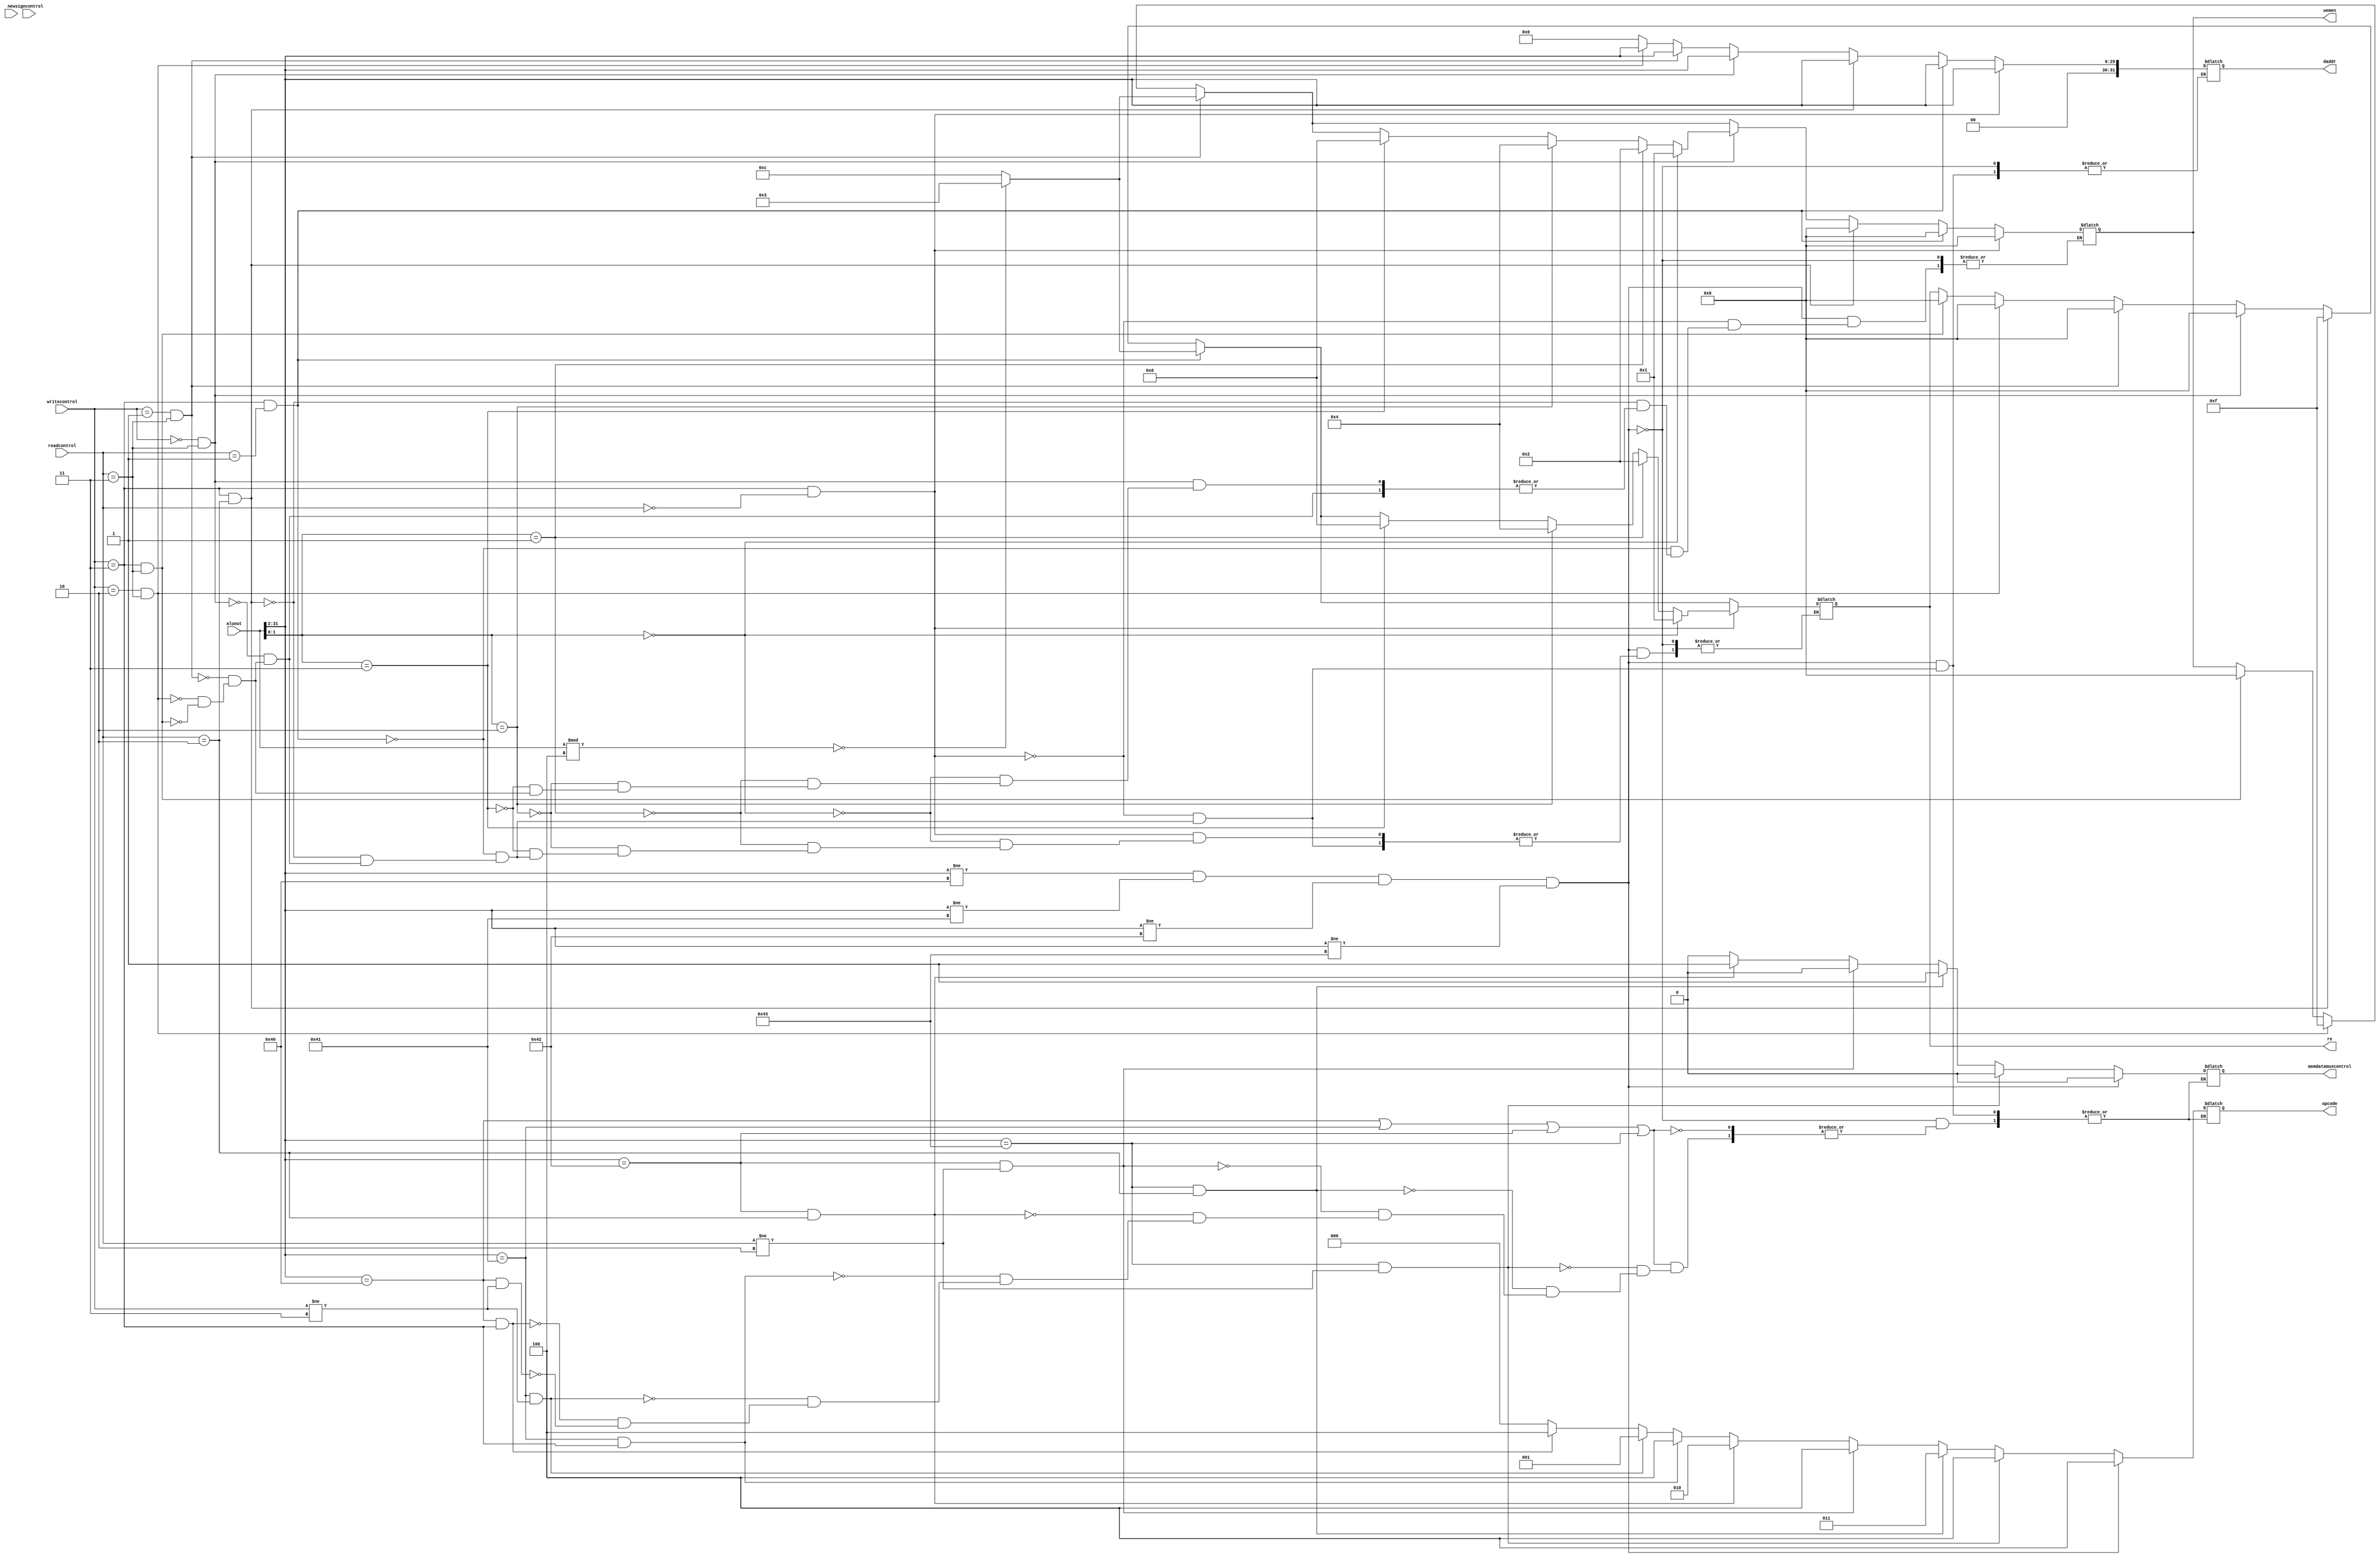
`timescale 1ns / 1ps
//////////////////////////////////////////////////////////////////////////////////
// Company: 
// Engineer: 
// 
// Design Name: 
// Module Name:    memdecoder 
// Project Name: 
// Target Devices: 
// Tool versions: 
// Description: 
//
// Dependencies: 
//
// Revision: 
// Revision 0.01 - File Created
// Additional Comments: 
//
//////////////////////////////////////////////////////////////////////////////////
module memdecoder( aluout,writecontrol,readcontrol,signcontrol,wemen,re,daddr,new,memdatamuxcontrol,opcode
    );
input wire [31:0] aluout;
input wire [1:0] writecontrol;
input wire [1:0] readcontrol;
input wire new;
input wire signcontrol;
output reg [3:0]wemen;
output reg [3:0]re;
output reg [31:0] daddr;
output reg memdatamuxcontrol;
output reg [2:0] opcode;

always@( aluout or writecontrol or readcontrol or signcontrol or new) begin
if (aluout>>2!=64 && aluout>>2!=65 && aluout>>2!=66 && aluout>>2!=67 )begin
if (writecontrol==3 && readcontrol==3) begin
re<=0;
opcode<=4;
wemen<=0;
daddr<=0;
memdatamuxcontrol<=0;
end
if (writecontrol==2 && readcontrol==3) begin //store a word
wemen<=15;
opcode<=4;
re<=0;
daddr<=(aluout>>2);
memdatamuxcontrol<=0;
end
if (writecontrol==1 && readcontrol==3) begin //store a halfword
if (aluout%4==0)
wemen<=3;
else
wemen<=12;
re<=0;
opcode<=4;
daddr<=(aluout>>2);
memdatamuxcontrol<=0;
end
if (writecontrol==0 && readcontrol==3) begin //store a byte
if (aluout[1:0]==0)
wemen<=1;
else if (aluout[1:0]==1)
wemen<=2;
else if (aluout[1:0]==2)
wemen<=4;
else if (aluout[1:0]==3)
wemen<=8;
re<=0;
daddr<=(aluout>>2);
memdatamuxcontrol<=0;
opcode<=4;
end
if (writecontrol==3 && readcontrol==2) begin //load a word
daddr<=(aluout>>2);
wemen<=0;
re<=15;
memdatamuxcontrol<=0;
opcode<=4;
end
if (writecontrol==3 && readcontrol==1) begin //load a halfword
daddr<=(aluout>>2);
wemen<=0;
memdatamuxcontrol<=0;
opcode<=4;
if (aluout%4==0)
re<=3;
else
re<=12;
end
if (writecontrol==3 && readcontrol==0) begin //load a byte
if (aluout[1:0]==0)
re<=1;
else if (aluout[1:0]==1)
re<=2;
else if (aluout[1:0]==2)
re<=4;
else if (aluout[1:0]==3)
re<=8;
wemen<=0;
opcode<=4;
daddr<=(aluout>>2);
memdatamuxcontrol<=0;
end
end
else if (aluout>>2==64 || aluout>>2==65 || aluout>>2==66 || aluout>>2==67 )begin
if (aluout>>2==64 && writecontrol!=3)begin
opcode<=0;
memdatamuxcontrol<=0;
end
if (aluout>>2==64 && writecontrol==3)begin
opcode<=4;
memdatamuxcontrol<=0;
end
if (aluout>>2==65 && writecontrol!=3)begin
opcode<=1;
memdatamuxcontrol<=0;
end
if (aluout>>2==65 && writecontrol==3)begin
opcode<=4;
memdatamuxcontrol<=0;
end
if (aluout>>2==66 && readcontrol==2)begin
opcode<=2;
memdatamuxcontrol<=1;
end
if (aluout>>2==66 && readcontrol!=2)begin
opcode<=4;
memdatamuxcontrol<=0;
end
if (aluout>>2==67 && readcontrol==2)begin
opcode<=3;
memdatamuxcontrol<=1;
end
if (aluout>>2==67 && readcontrol!=2)begin
opcode<=4;
memdatamuxcontrol<=0;
end
end
end


endmodule